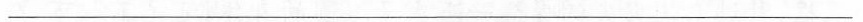
___